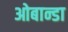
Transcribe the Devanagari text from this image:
ओबान्डा